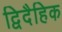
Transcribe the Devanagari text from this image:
द्विदैहिक